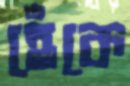
হেঁকে